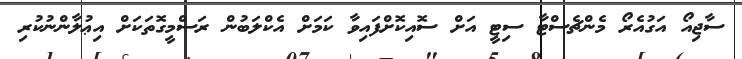
ސާޖިއޯ އަގުއެރޯ މެންޗެސްޓާ ސިޓީ އަށް ސޮއިކޮށްފައިވާ ކަމަށް އެކްލަބުން ރަސްމީގޮތަކަށް އިޢުލާންނުކުރި